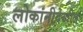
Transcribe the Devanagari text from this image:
लोकांनीदेखील